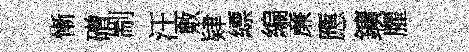
慚磳剬汪敷肄縹編亷應鑛臞